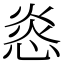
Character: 㥕